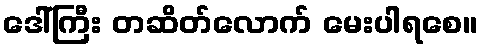
ဒေါ်ကြီး တဆိတ်လောက် မေးပါရစေ။